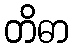
တိဓာ